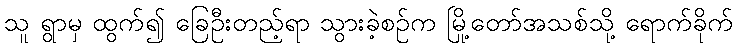
သူ ရွာမှ ထွက်၍ ခြေဦးတည့်ရာ သွားခဲ့စဉ်က မြို့တော်အသစ်သို့ ရောက်ခိုက်